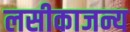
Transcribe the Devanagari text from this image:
लसीकाजन्य